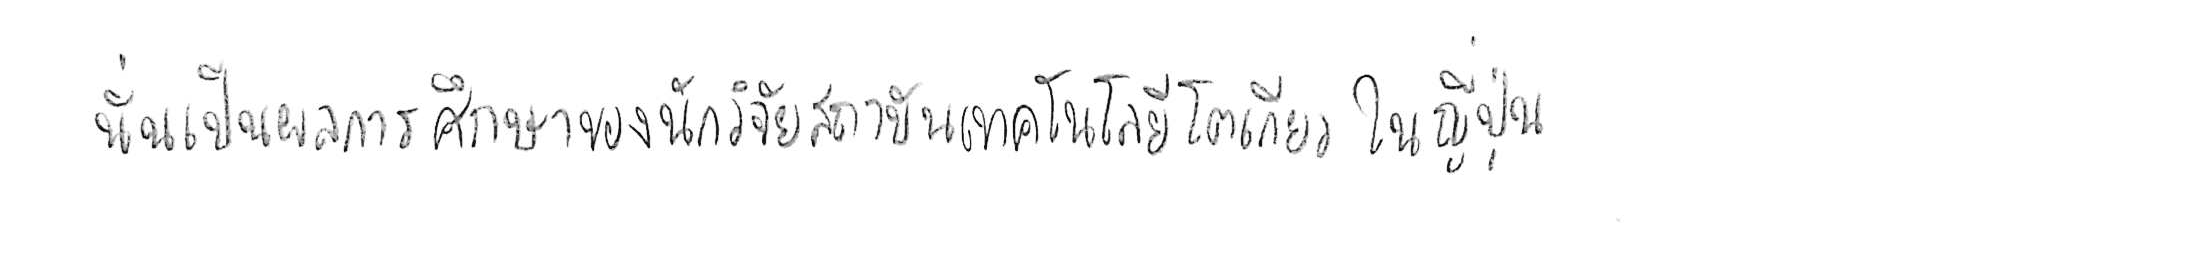
นั่นเป็นผลการศึกษาของนักวิจัยสถาบันเทคโนโลยีโตเกียว ในญี่ปุ่น